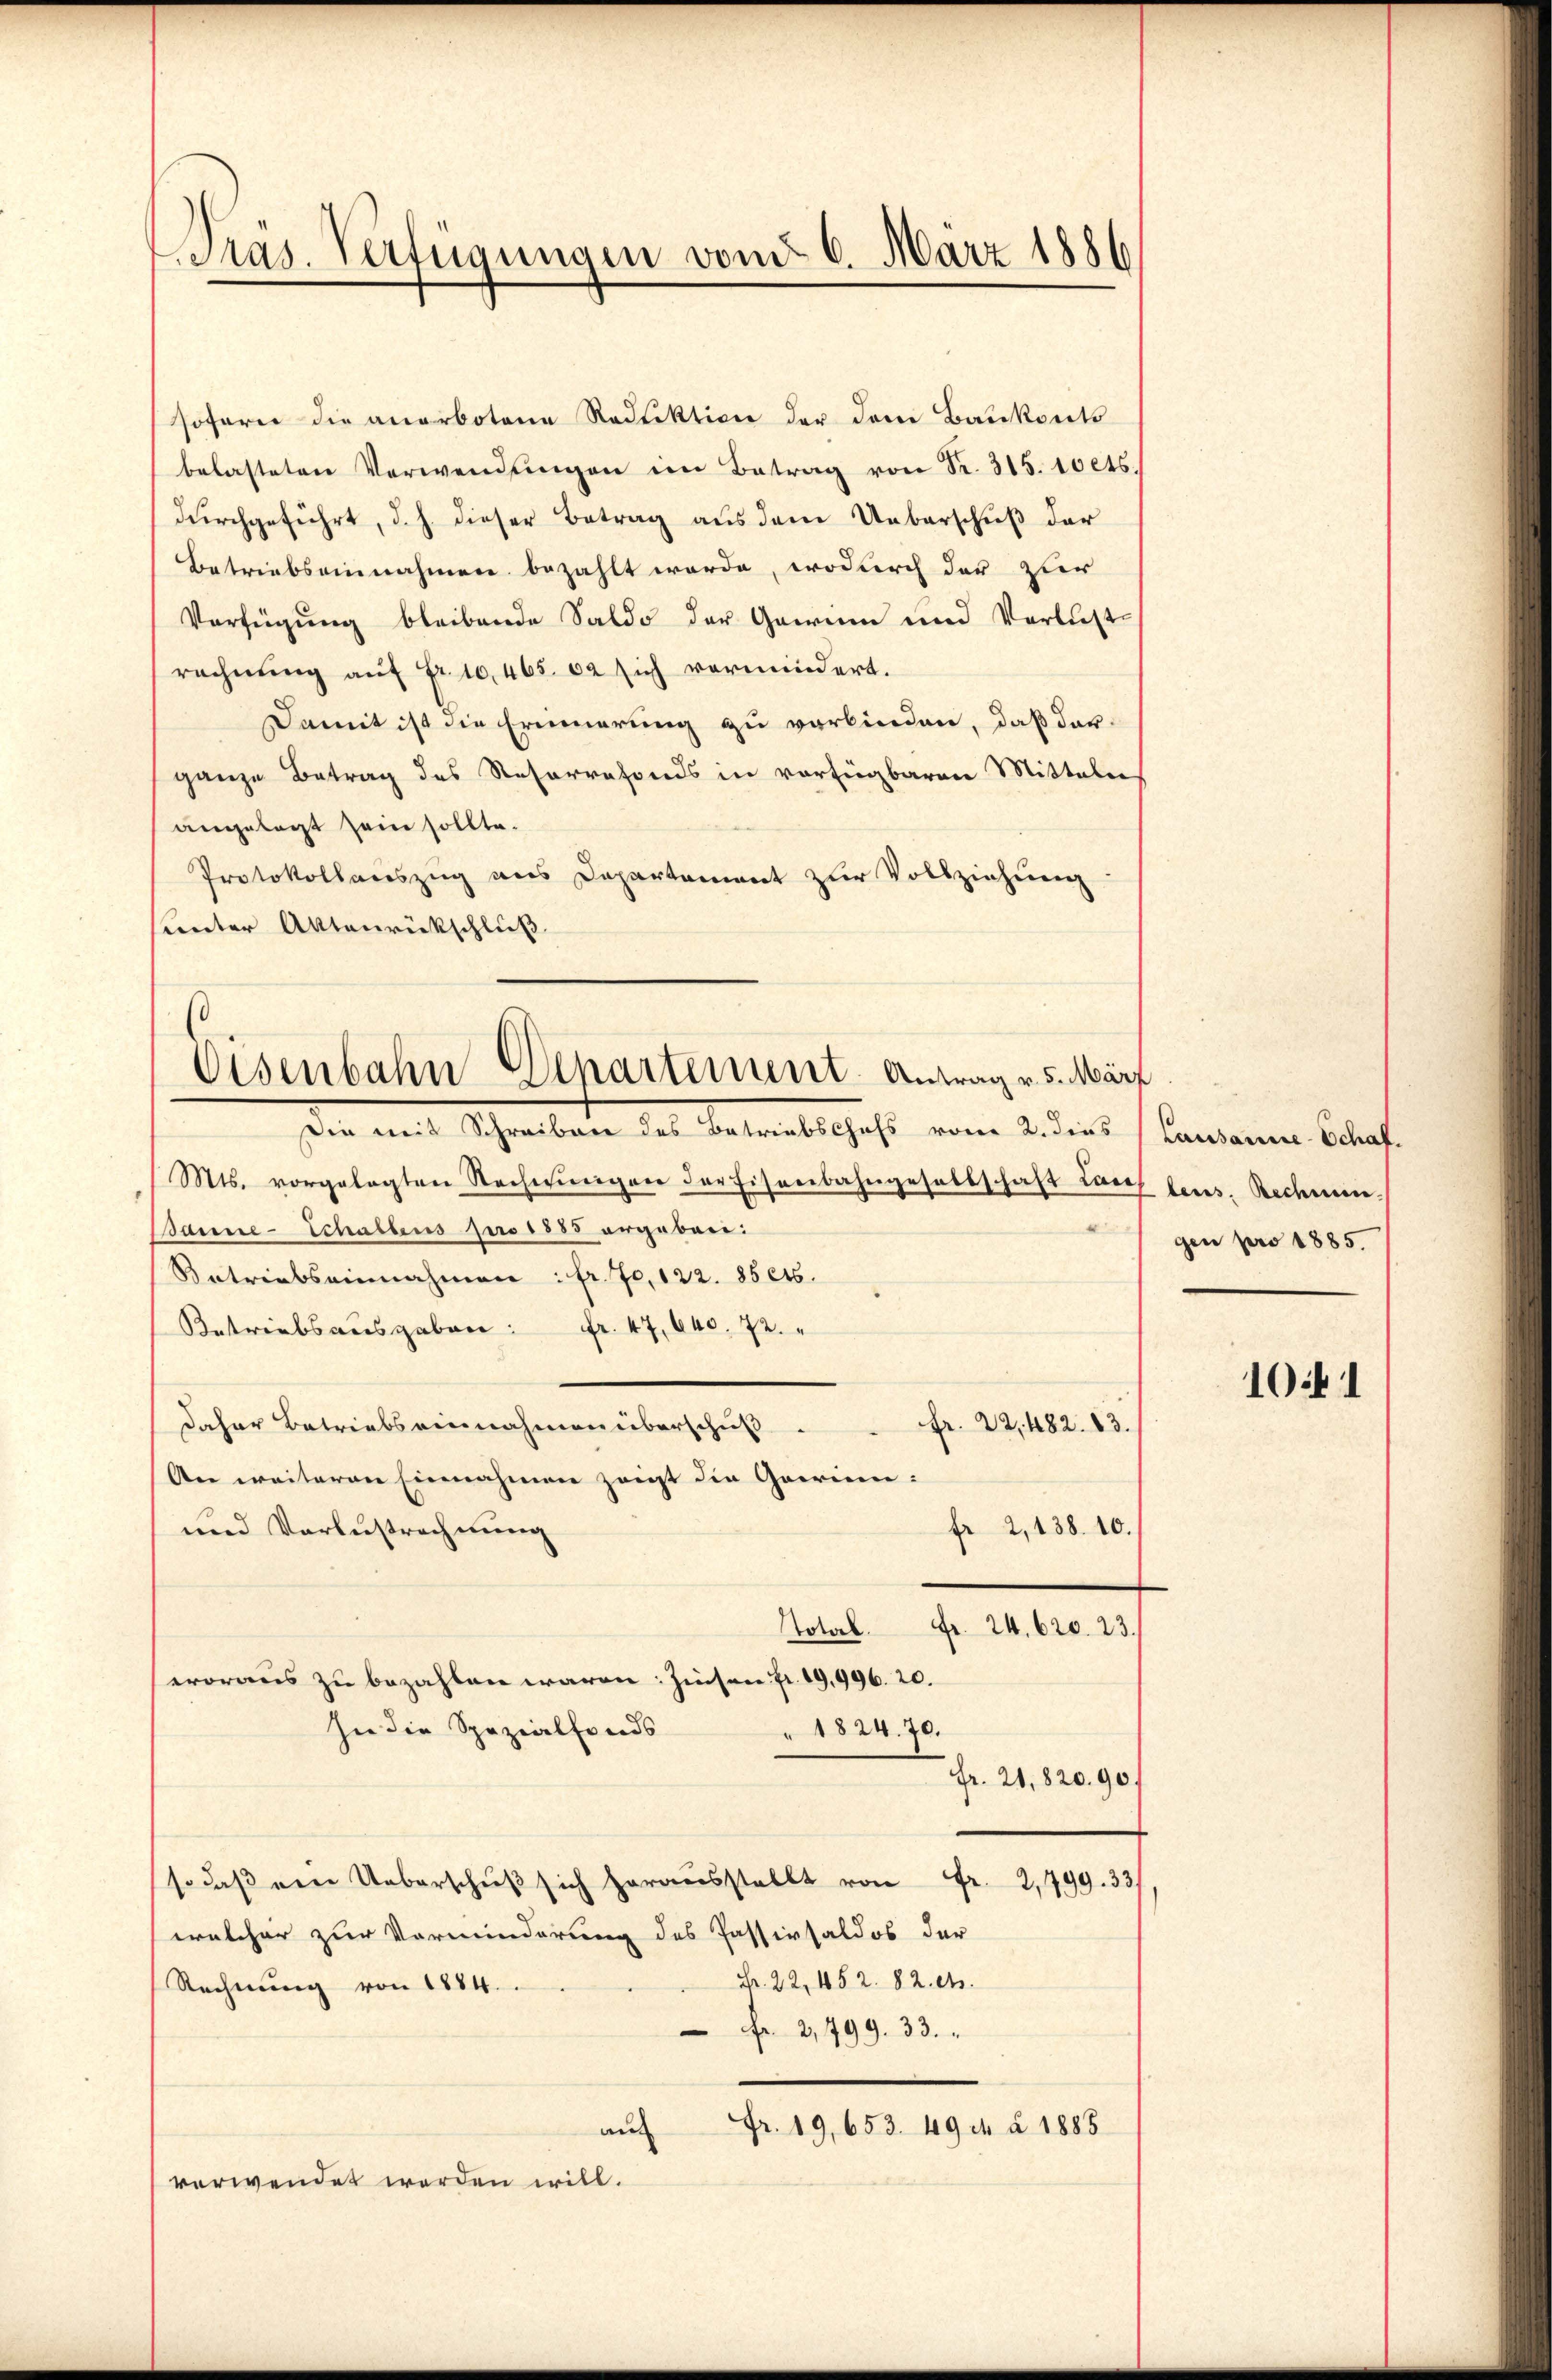
Präs. Verfügungen vom 6. März 1886

sofern die anerbotene Rodlektion der dem Baukonto
belasteten Verwendŭngen im Betrag von Fr. 315. 10 cts.
durchgeführt, d. h. dieser Betrag aus den Ueberschuß der
Betriebseinnahmen bezahlt werde, wodurch der zur
Verfügung bleibende Saldo der Gewinn und Verlustrechnung auf Fr. 10,465. 62 sich vermindert.
Damit ist die Erinnerung zu verbinden, daß dar-
ganze Betrag des Reserrefonds in vorfügbaren Mitteln
angelegt sein sollte.
Protokollauszug aus Departement zur Vollziehung
sunter Aktenrückschluß
(Mts. vorgelegten Nachwingen der Eisenbahngesellschaft Lares teus. Rechnun¬
Bannre-Schaltens pro 1885 ergeben:
Batriabseinnahmen: fr. 70, 122. 85046.
Betriebsausgaben: Fr. 47,640. 72.
fr. 22,482. 83.
daher Betriebs einnahmen überschuß.
An weiteren Einnahmen zeigt die Garrien:
fr 2, 138. 10.
und Verleistrechnung
Notore.
Fr. 24. 620. 23.
woraus zu bezahlen waren: Zinsen Fr. 19,996. 20.
In die Spezialfonds
" 1824. 70.
Fr. 21,820.90)
so daβ ein Ueberschŭβ sich heraŭsstellt von Fr. 2,799. 33.
welcher zur Vorminderung des Passivsaldos der
Fr. 22, 1852. 82. et.
Rechnung von 1884.
Fr 2,799. 33.
Fr. 19,653. 49 n 2. 1888
aus
verwendet werden will.

(
Eisenbahn Departement-Antrag v. 5. März
Die mit Schreiben des Betriebschofs vom 2. dies (Lausanne-Schaf

gen pro 1885.

1041